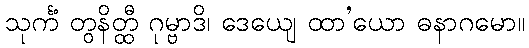
သုင်္ကံ တွနိတ္ထီ ဂုမ္ဗာဒိ၊ ဒေယျေ ထာ’ယော ဓနာဂမော။